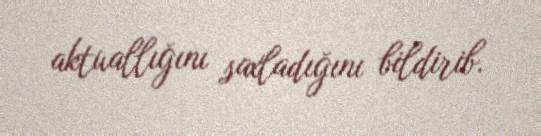
aktuallığını saxladığını bildirib.